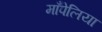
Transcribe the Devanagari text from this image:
माँपेलिया